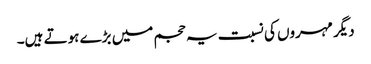
دیگر مہروں کی نسبت یہ حجم میں بڑے ہوتے ہیں۔